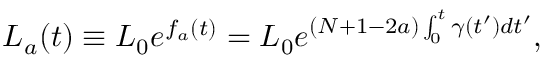
\begin{array} { r } { L _ { a } ( t ) \equiv L _ { 0 } e ^ { f _ { a } ( t ) } = L _ { 0 } e ^ { ( N + 1 - 2 a ) \int _ { 0 } ^ { t } \gamma ( t ^ { \prime } ) d t ^ { \prime } } , } \end{array}